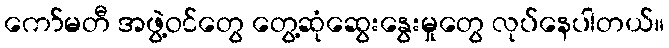
ကော်မတီ အဖွဲ့ဝင်တွေ တွေ့ဆုံဆွေးနွေးမှုတွေ လုပ်နေပါတယ်။